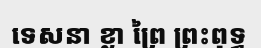
ទេសនា ខ្លា ព្រៃ ព្រះពុទ្ធ